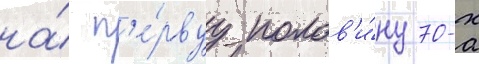
на́ п'е́рвуу полов'и́ну 70-х